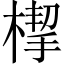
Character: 㮮